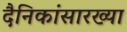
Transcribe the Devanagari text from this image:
दैनिकांसारख्या